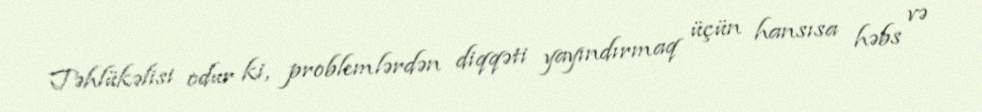
Təhlükəlisi odur ki, problemlərdən diqqəti yayındırmaq üçün hansısa həbs və